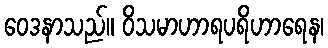
ဝေဒနာသည်။ ဝိသမာဟာရပရိဟာရေန၊